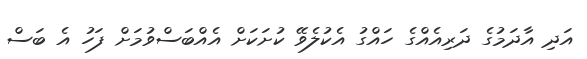
އަދި އާދަމުގެ ދަރިއެއްގެ ހައްގު އެކުލެވޭ ކުށަކަށް އެއްބަސްވުމަށް ފަހު އެ ބަސް